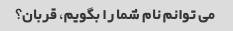
می توانم نام شما را بگویم، قربان؟